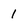
Character: 1